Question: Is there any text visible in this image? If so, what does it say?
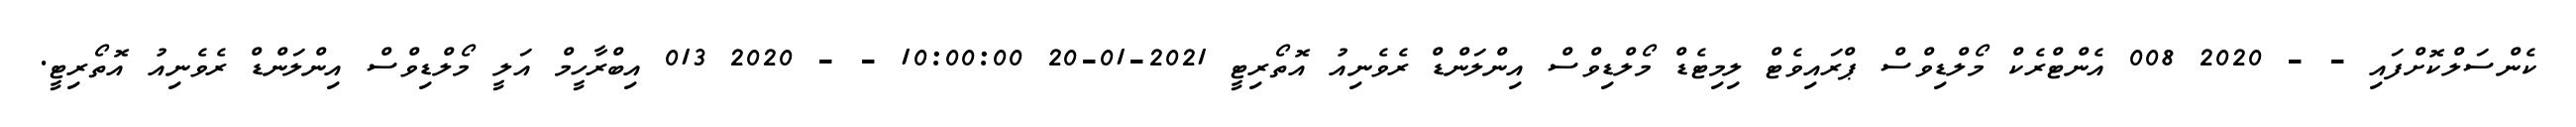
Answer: ކެންސަލްކޮށްފައި - - 2020 008 އެންޓްރެކް މޯލްޑިވްސް ޕްރައިވެޓް ލިމިޓެޑް މޯލްޑިވްސް އިންލަންޑް ރެވެނިއު އޮތޯރިޓީ 2021-01-20 10:00:00 - - 2020 013 އިބްރާހީމް އަލީ މޯލްޑިވްސް އިންލަންޑް ރެވެނިއު އޮތޯރިޓީ.